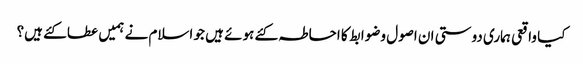
کیا واقعی ہماری دوستی ان اصول وضوابط کا احاطہ کئے ہوئے ہیں جو اسلام نے ہمیں عطا کئے ہیں؟